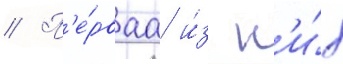
// П'е́рваа и́з н'и́х